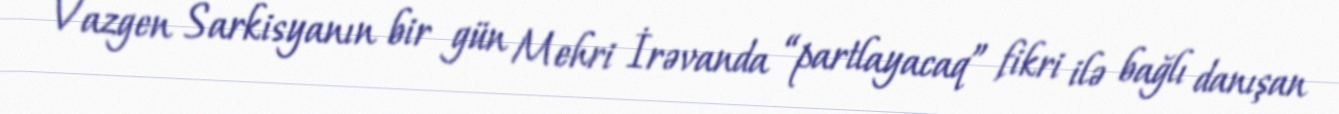
Vazgen Sarkisyanın bir gün Mehri İrəvanda “partlayacaq” fikri ilə bağlı danışan